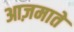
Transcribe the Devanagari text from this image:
आज़माते